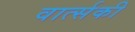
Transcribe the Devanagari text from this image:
वार्त्सकी